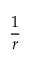
\frac { 1 } { r }